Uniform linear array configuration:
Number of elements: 8
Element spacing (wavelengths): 1
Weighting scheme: kaiser
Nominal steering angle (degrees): -30
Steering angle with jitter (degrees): -31.473
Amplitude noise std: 0.05
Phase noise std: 0.05

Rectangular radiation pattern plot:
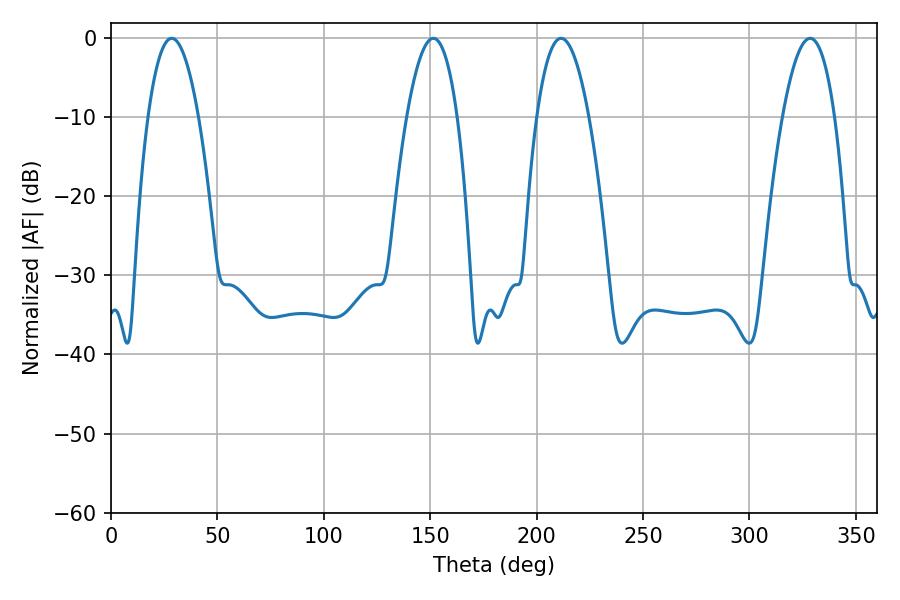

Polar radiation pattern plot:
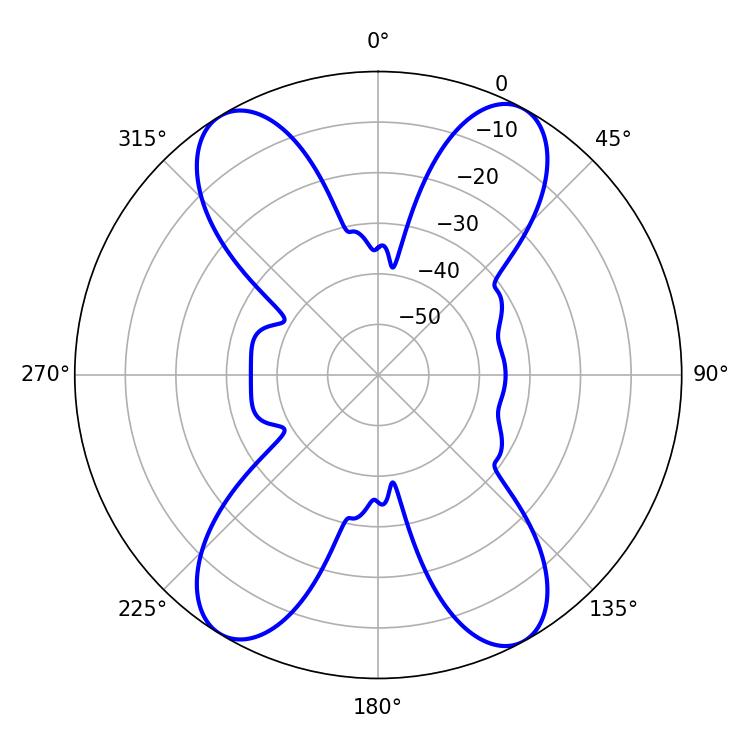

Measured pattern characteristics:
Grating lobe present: TRUE
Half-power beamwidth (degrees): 13.5
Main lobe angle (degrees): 211.5